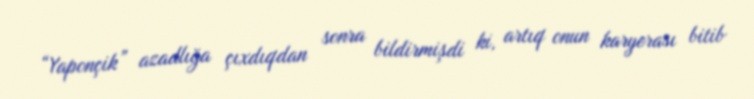
“Yaponçik” azadlığa çıxdıqdan sonra bildirmişdi ki, artıq onun karyerası bitib